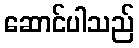
ဆောင်ပါသည်